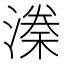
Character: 𣼃